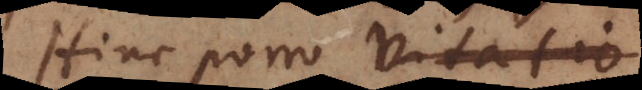
Hinc porro vitatio